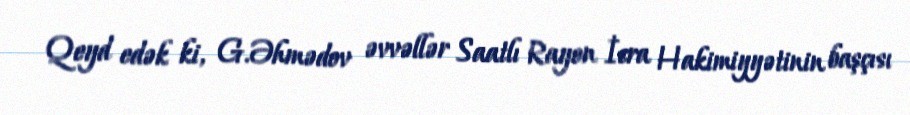
Qeyd edək ki, G.Əhmədov əvvəllər Saatlı Rayon İcra Hakimiyyətinin başçısı